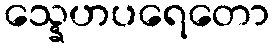
သ္နေဟပရေတော